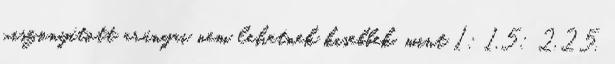
viszonyított arányai nem lehetnek kisebbek, mint 1: 1,5: 2,25.